system: You are a helpful assistant.
user:
Analyze the provided spectrum to determine if it is a **Carbon Star (C-type)**.

- **Key Visual Indicators of Carbon Star:**
    - **(Primary):** Strong molecular absorption from **C₂ (diatomic carbon) "Swan Bands."** This is the **defining feature** of a carbon star.
        - **(Key Bandheads):** Sharp absorption edges are visible at approximately $5635$ Å, $5165$ Å (the strongest band), and $4737$ Å.
        - **(Line Profile):** Creates a distinct **"saw-tooth"** pattern. The key morphology is a sharp, steep bandhead on the **red (long-wavelength) side**, which then gradually tapers off (i.e., flux recovers) towards the **blue (short-wavelength) side**. *(This is the direct opposite of the TiO bands seen in M-type stars)*.

    - **(Secondary):** Intense **CN (cyanogen)** molecular absorption bands.
        - **(Key Bandheads):** Located in the blue and violet regions of the spectrum (e.g., near $4215$ Å and $3883$ Å).
        - **(Morphology):** These bands are extremely broad and act as a "blanket," absorbing the vast majority of blue and violet light. This creates a characteristic **"cliff"** or **"steep drop-off"** in the spectrum's flux at short wavelengths.

    - **(Key Confirmation):** Strong **CH absorption band (G-band)**.
        - **(Key Bandhead):** Located around $4300$ Å. The contribution from CH molecules to this band is exceptionally strong.

    - **(Overall Spectrum):**
        - The continuum is severely "chopped up" by these deep molecular bands, especially C₂, rather than appearing as a smooth curve.
        - Due to the heavy CN and C₂ absorption in the blue-green, the vast majority of the star's flux is concentrated in the red part of the spectrum, giving the star its characteristic deep red color.

Think first, call **spectral_visualization_tool** if needed to examine features in detail, then provide your final answer. Your response must adhere to the following strict rules:
1.  **Overall Structure:** Your response must follow the format `<think>...</think> <tool_call>...</tool_call> (if a tool is used) <answer>...</answer>`.
2.  **Tool Usage Constraint:** You may only make **one** tool call per turn.
3.  **Final Answer Format:** In the `<answer>` tag, your conclusion must be inside a `\boxed{}` command (e.g., `\boxed{YES}`), followed by your justification.

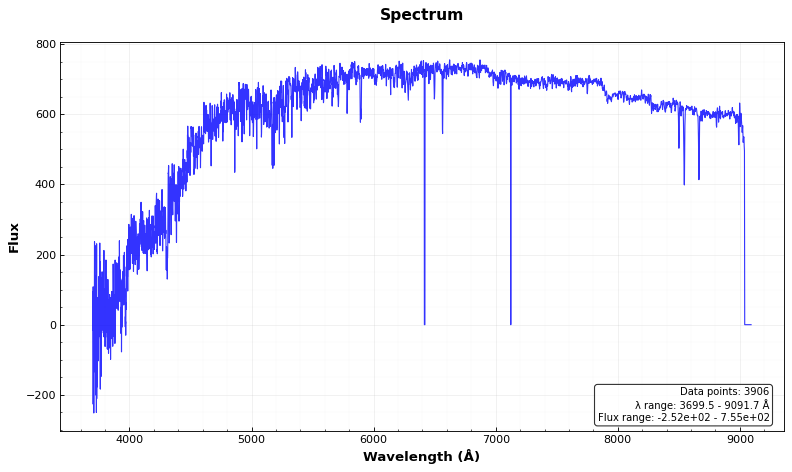
Answer: NO